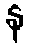
န